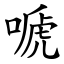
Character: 嗁